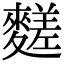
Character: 䴾